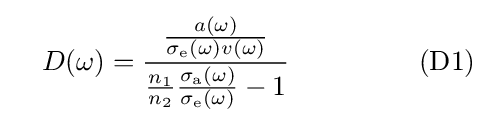
~~~D(\omega )={\frac {\frac {a(\omega )}{\sigma _{\rm {e}}(\omega )v(\omega )}}{{\frac {n_{1}}{n_{2}}}{\frac {\sigma _{\rm {a}}(\omega )}{\sigma _{\rm {e}}(\omega )}}-1}}~~~~~~~~~~~~~~{\rm {(D1)}}